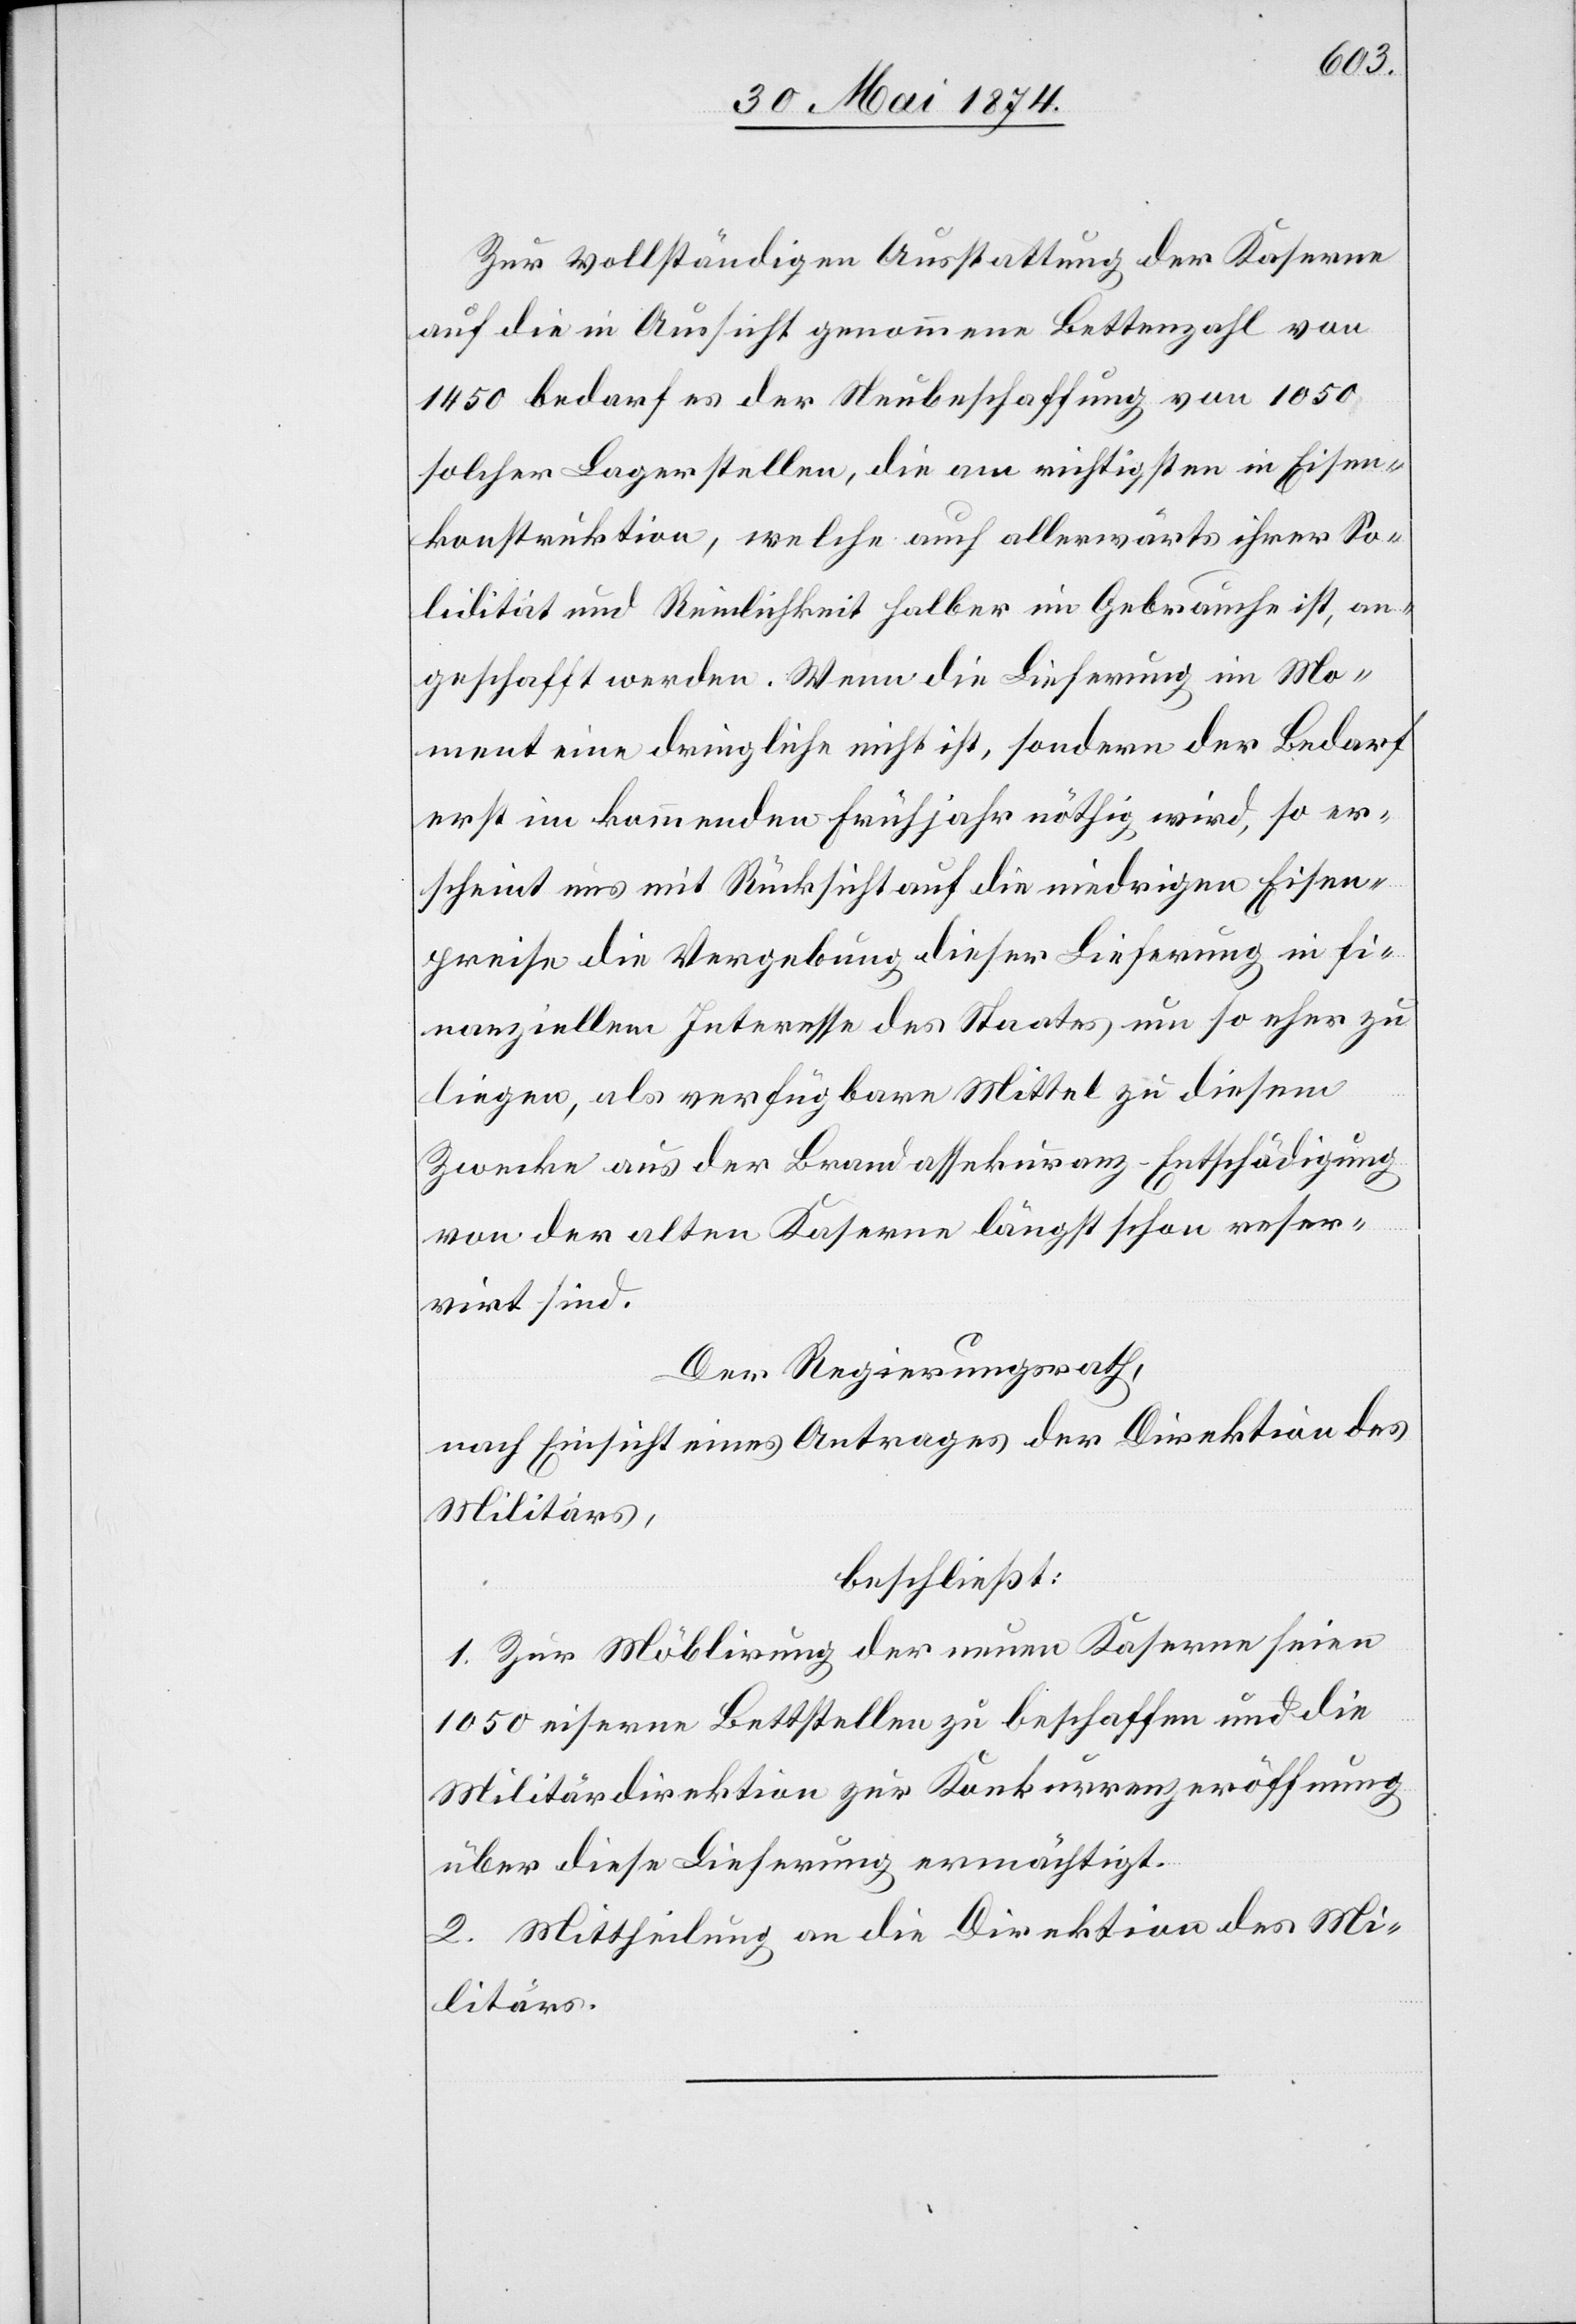
Zur vollständigen Ausstattung der Kaserne
auf die in Aussicht genommene Bettenzahl von
1450 bedarf es der Neubeschaffung von 1050
solcher Lagerstellen, die am richtigsten in Eisen¬
konstruktion, welche auch allerwärts ihrer So¬
lidität und Reinlichkeit halber im Gebrauche ist, an¬
geschafft werden. Wenn die Lieferung im Mo¬
ment eine dringliche nicht ist, sondern der Bedarf
erst im kommenden Frühjahr nöthig wird, so er¬
scheint uns mit Rücksicht auf die nidrigen Eisen¬
preise die Vergebung dieser Lieferung in fi¬
nanziellem Interesse des Staates um so eher zu
liegen, als verfügbare Mittel zu diesem
Zwecke aus der Brandassekuranz-Entschädigung
von der alten Kaserne längst schon reser¬
virt sind.
Der Regierungsrath,
nach Einsicht eines Antrages der Direktion des
Militärs,
beschließt:
1. Zur Möblirung der neuen Kaserne seien
1050 eiserne Bettstellen zu beschaffen und die
Militärdirektion zur Konkurrenzeröffnung
über diese Lieferung ermächtigt.
2. Mittheilung an die Direktion des Mi¬
litärs.